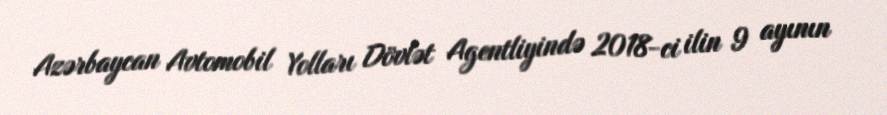
Azərbaycan Avtomobil Yolları Dövlət Agentliyində 2018-ci ilin 9 ayının